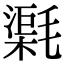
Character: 𣯸